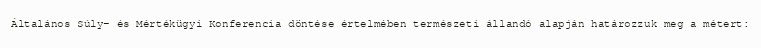
Általános Súly- és Mértékügyi Konferencia döntése értelmében természeti állandó alapján határozzuk meg a métert: